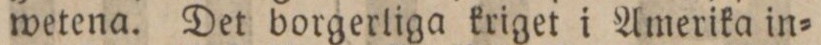
wetena. Det borgerliga kriget i Amerika in=